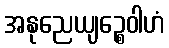
အနုညေယျဉ္စေဝါဟံ